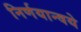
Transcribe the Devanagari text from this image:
निर्णयान्वये